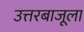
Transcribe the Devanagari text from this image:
उत्तरबाजूला